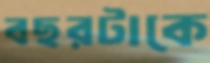
বছরটাকে